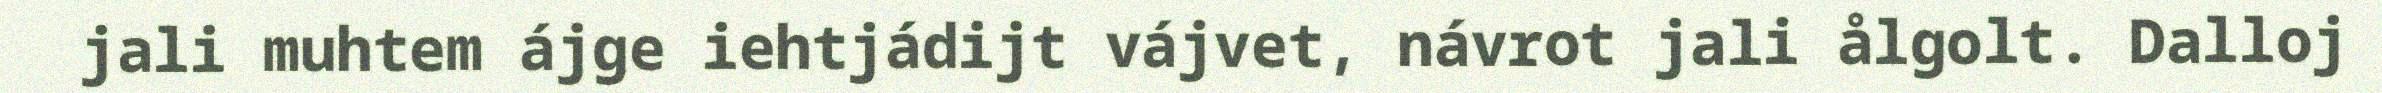
jali muhtem ájge iehtjádijt vájvet, návrot jali ålgolt. Dalloj